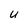
Character: u